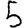
Digit: 5